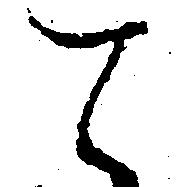
て